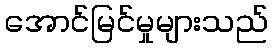
အောင်မြင်မှုများသည်